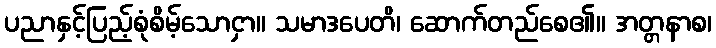
ပညာနှင့်ပြည့်စုံစိမ့်သောငှာ။ သမာဒပေတိ၊ ဆောက်တည်စေ၏။ အတ္တနာစ၊